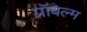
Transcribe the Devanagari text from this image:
प्रॉबल्म